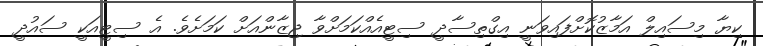
ކިޔާ މިސައިލް އަމާޒުކޮށްފައިވަނީ އިގްތިސާދީ ސިޓީއެއްކަމަށްވާ ޖިޒާންއަށް ކަމަށެވެ. އެ ސިޓީއަކީ ސައުދީ